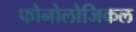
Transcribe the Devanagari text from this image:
फोनोलोजिकल